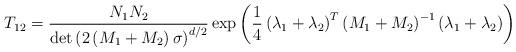
LaTeX: \begin{align*}T_{12}=\frac{N_{1}N_{2}}{\det\left( 2\left( M_{1}+M_{2}\right) \sigma\right)^{d/2}}\exp\left( \frac{1}{4}\left( \lambda_{1}+\lambda _{2}\right)^{T}\left( M_{1}+M_{2}\right) ^{-1}\left( \lambda_{1}+\lambda_{2}\right)\right)\end{align*}